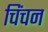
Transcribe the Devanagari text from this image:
चिंचन